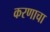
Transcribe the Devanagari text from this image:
करणाचा